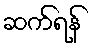
ဆက်ရန်